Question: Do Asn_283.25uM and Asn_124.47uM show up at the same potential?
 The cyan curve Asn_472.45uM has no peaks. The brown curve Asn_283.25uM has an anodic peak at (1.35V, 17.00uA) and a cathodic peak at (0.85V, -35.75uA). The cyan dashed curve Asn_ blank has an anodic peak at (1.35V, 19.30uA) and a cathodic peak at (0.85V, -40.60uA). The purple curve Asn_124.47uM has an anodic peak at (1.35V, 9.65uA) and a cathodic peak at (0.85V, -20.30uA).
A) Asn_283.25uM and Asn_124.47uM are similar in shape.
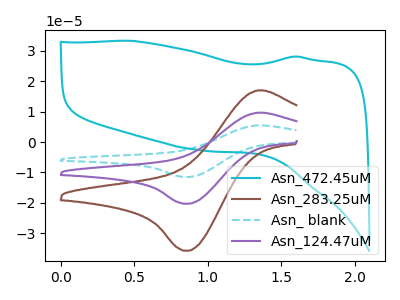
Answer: <think>All the peaks in "Asn_283.25uM" have a peak in "Asn_124.47uM" at the same potential. Every peak in "Asn_283.25uM" is higher than every peak in "Asn_124.47uM".
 </think>
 <answer>A) "Asn_283.25uM" and "Asn_124.47uM" are similar in shape.</answer>
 <eval>A</eval>